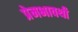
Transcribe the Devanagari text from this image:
प्रेमभावथी